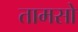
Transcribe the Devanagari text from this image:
तामसो